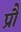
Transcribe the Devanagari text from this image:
प्रौं